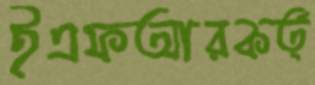
ইএফআরকর্ত্